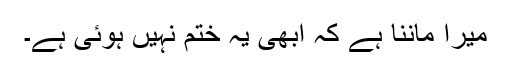
میرا ماننا ہے کہ ابھی یہ ختم نہیں ہوئی ہے۔